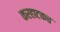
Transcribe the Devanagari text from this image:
करहाटकच